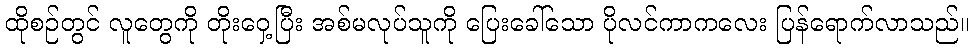
ထိုစဉ်တွင် လူတွေကို တိုးဝှေ့ပြီး အစ်မလုပ်သူကို ပြေးခေါ်သော ပိုလင်ကာကလေး ပြန်ရောက်လာသည်။